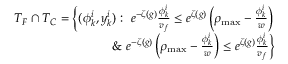
\begin{array} { r } { T _ { F } \cap T _ { C } = \left\{ ( \phi _ { k } ^ { i } , y _ { k } ^ { i } ) : \ e ^ { - \zeta ( g ) } \frac { \phi _ { k } ^ { i } } { v _ { f } } \leq e ^ { \zeta ( g ) } \left( \rho _ { \operatorname* { m a x } } - \frac { \phi _ { k } ^ { i } } { w } \right) \right. } \\ { \left. \& \ e ^ { - \zeta ( g ) } \left( \rho _ { \operatorname* { m a x } } - \frac { \phi _ { k } ^ { i } } { w } \right) \leq e ^ { \zeta ( g ) } \frac { \phi _ { k } ^ { i } } { v _ { f } } \right\} } \end{array}